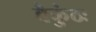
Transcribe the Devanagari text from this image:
वैकुंठः